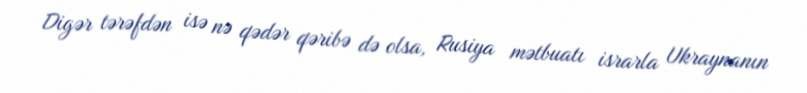
Digər tərəfdən isə nə qədər qəribə də olsa, Rusiya mətbuatı israrla Ukraynanın